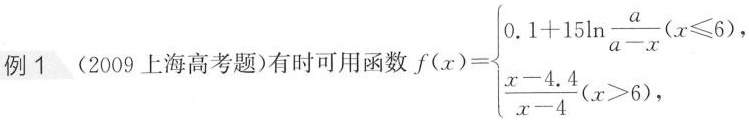
例1 (2009上海高考题)有时可用函数 $$ f(x)= \left\{ \begin{matrix} 0.1+15 \ln \frac{a}{a-x}(x \leq 6), \\ \frac{x-4.4}{x-4}(x>6), \end{matrix} \right.$$